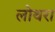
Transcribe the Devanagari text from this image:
लोथरा